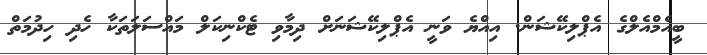
ބީއެމްއެލްގެ އެޕްލިކޭޝަން. އިއްޔެ ވަނީ އެޕްލިކޭޝަނަށް ދިމާވި ޓެކްނިކަލް މައްސަލަތަކާ ހެދި ހިދުމަތް